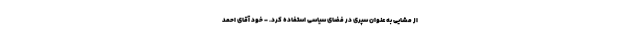
از مشایی به عنوان سپری در فضای سیاسی استفاده کرد. - خود آقای احمد